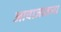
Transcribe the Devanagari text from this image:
आवाजातला